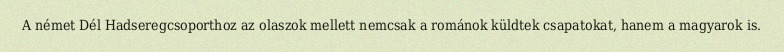
A német Dél Hadseregcsoporthoz az olaszok mellett nemcsak a románok küldtek csapatokat, hanem a magyarok is.